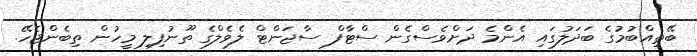
ބޭތިއްބުމުގެ ބަދަލުގައި އެންމެ ދަށްވެސްގެން ސްޓާފް ސާޖަންޓް ލެވެލްގެ ތޫނުފިލި މީހުން ތިބެންޖެހޭ.